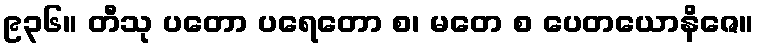
၉၃၆။ တီသု ပတော ပရေတော စ၊ မတေ စ ပေတယောနိဇေ။